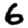
Digit: 6